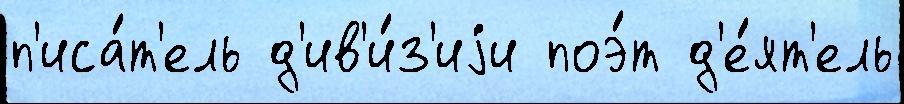
п'иса́т'ель д'ив'и́з'иjи поэ́т д'е́ят'ель